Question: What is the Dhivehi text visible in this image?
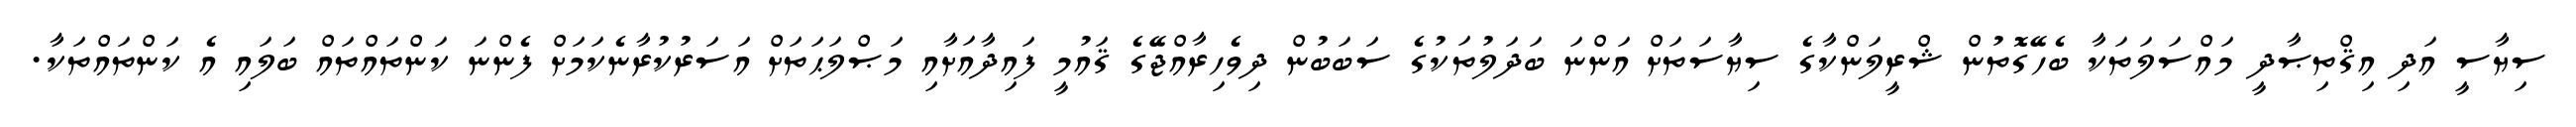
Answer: ސިޔާސީ އަދި އިޤްތިޞާދީ މައްސަލަތަކާ ބެހޭގޮތުން ޝްރީލަންކާގެ ސިޔާސަތަށް އަންނަ ބަދަލުތަކުގެ ސަބަބުން ދިވެހިރާއްޖޭގެ ޤައުމީ ފައިދާއަށާއި މަޞްލަޙަތަށް އަސަރުކުރާނެކަމަށް ފެންނަ ކަންތައްތައް ބަލައި އެ ކަންތައްތަކާ.